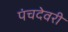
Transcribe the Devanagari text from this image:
पंचदेवरी